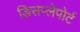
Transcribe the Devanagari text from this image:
डिसप्लेपोर्ट